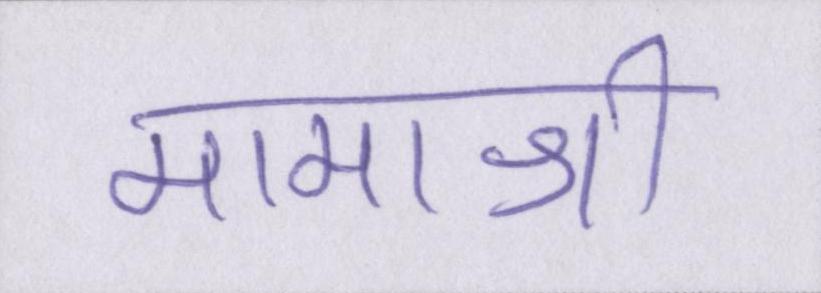
मामाश्री